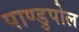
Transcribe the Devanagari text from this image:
पाण्डुपोल